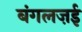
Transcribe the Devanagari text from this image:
बंगलज़ई